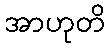
အာဟုတိ